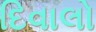
દિવાલો